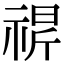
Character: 𬓁